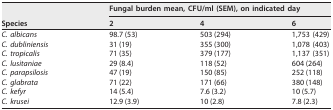
<table><thead><tr><td rowspan="2"><b>Species</b></td><td colspan="3"><b>Fungal burden mean, CFU/ml (SEM), on indicated day</b></td></tr><tr><td><b>2</b></td><td><b>4</b></td><td><b>6</b></td></tr></thead><tbody><tr><td>C. albicans</td><td>98.7 (53)</td><td>503 (294)</td><td>1,753 (429)</td></tr><tr><td>C. dubliniensis</td><td>31 (19)</td><td>355 (300)</td><td>1,078 (403)</td></tr><tr><td>C. tropicalis</td><td>71 (35)</td><td>379 (177)</td><td>1,137 (351)</td></tr><tr><td>C. lusitaniae</td><td>29 (8.4)</td><td>118 (52)</td><td>604 (264)</td></tr><tr><td>C. parapsilosis</td><td>47 (19)</td><td>150 (85)</td><td>252 (118)</td></tr><tr><td>C. glabrata</td><td>71 (22)</td><td>171 (66)</td><td>380 (148)</td></tr><tr><td>C. kefyr</td><td>14 (5.4)</td><td>7.6 (3.2)</td><td>10 (5.7)</td></tr><tr><td>C. krusei</td><td>12.9 (3.9)</td><td>10 (2.8)</td><td>7.8 (2.3)</td></tr></tbody></table>